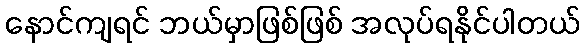
နောင်ကျရင် ဘယ်မှာဖြစ်ဖြစ် အလုပ်ရနိုင်ပါတယ်